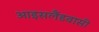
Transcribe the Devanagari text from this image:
आइसलैंडवासी